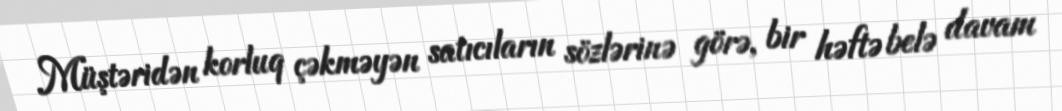
Müştəridən korluq çəkməyən satıcıların sözlərinə görə, bir həftə belə davam